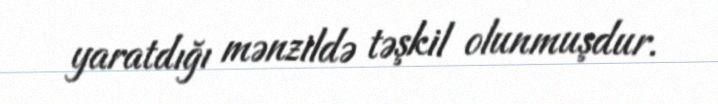
yaratdığı mənzildə təşkil olunmuşdur.